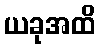
ယခုအထိ